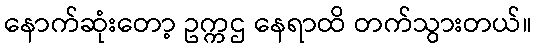
နောက်ဆုံးတော့ ဥက္ကဌ နေရာထိ တက်သွားတယ်။